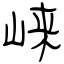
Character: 崃